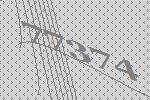
77374